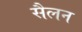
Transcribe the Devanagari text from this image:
सैलन